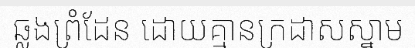
ឆ្លងព្រំដែន ដោយគ្មានក្រដាសស្នាម